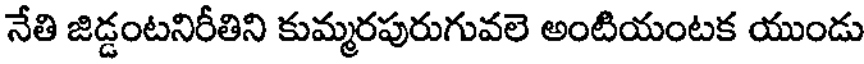
నేతి జిడ్డంటనిరీతిని కుమ్మరపురుగువలె అంటియంటక యుండు